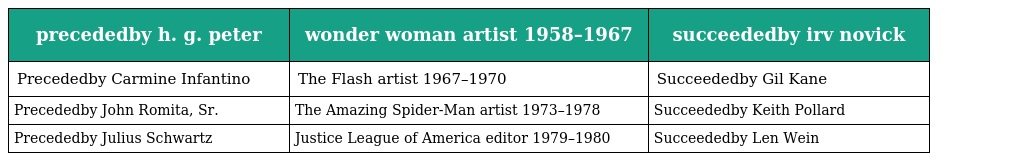
| precededby h. g. peter | wonder woman artist 1958–1967 | succeededby irv novick |
 | --- | --- | --- |
 | Precededby Carmine Infantino | The Flash artist 1967–1970 | Succeededby Gil Kane |
 | Precededby John Romita, Sr. | The Amazing Spider-Man artist 1973–1978 | Succeededby Keith Pollard |
 | Precededby Julius Schwartz | Justice League of America editor 1979–1980 | Succeededby Len Wein |